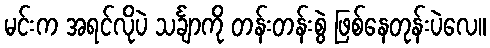
မင်းက အရင်လိုပဲ သင်္ချာကို တန်းတန်းစွဲ ဖြစ်နေတုန်းပဲလေ။